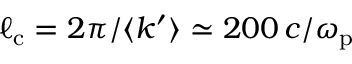
\ell _ { \mathrm { c } } = 2 \pi / \langle k ^ { \prime } \rangle \simeq 2 0 0 \, c / \omega _ { \mathrm { p } }